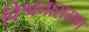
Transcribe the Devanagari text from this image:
विश्वनारायण